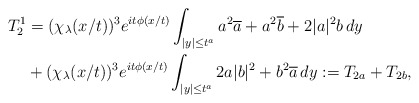
\begin{align*}T_2^1&=(\chi_\lambda(x/t))^3e^{it\phi(x/t)}\int_{|y|\leq t^a} a^2\overline{a}+a^2\overline{b}+2|a|^2b\,dy\\&+(\chi_\lambda(x/t))^3e^{it\phi(x/t)}\int_{|y|\leq t^a} 2a|b|^2+b^2\overline{a}\,dy:=T_{2a}+T_{2b}, \end{align*}